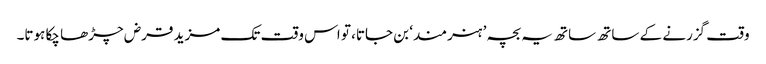
وقت گزرنے کے ساتھ ساتھ یہ بچہ ’ہنرمند‘ بن جاتا، تو اس وقت تک مزید قرض چڑھا چکا ہوتا۔